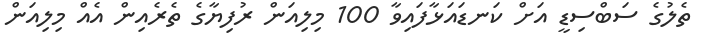
ތެލުގެ ސަބްސިޑީ އަށް ކަނޑައަޅާފައިވާ 100 މިލިއަން ރުފިޔާގެ ތެރެއިން އެއް މިލިއަން